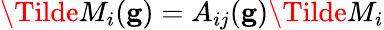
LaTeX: \Tilde{M}_{i}(\mathbf{g})=A_{ij}(\mathbf{g})\Tilde{M}_{i}